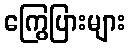
ကြွေပြားများ